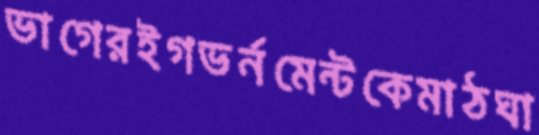
ভাগেরইগভর্নমেন্টকেমাঠঘা